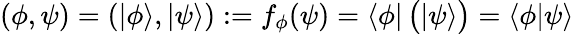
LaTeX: (\phi,\psi)=(|\phi\rangle,|\psi\rangle):=f_{\phi}(\psi)=\langle\phi|\, {\bigl(}|\psi\rangle{\bigr)}=\langle\phi{\mid}\psi\rangle